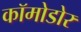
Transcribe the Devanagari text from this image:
कॉमोडोर